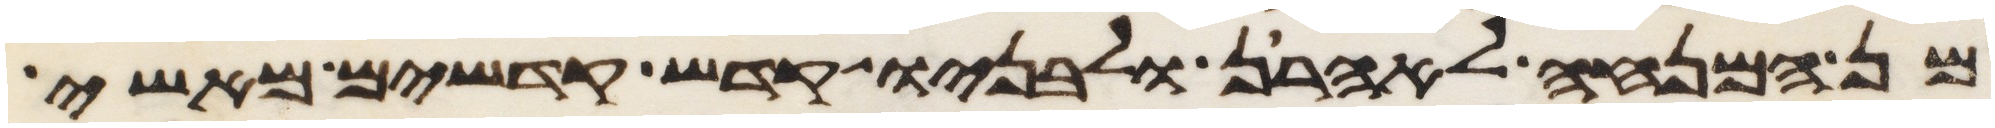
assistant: מן המנחה לאהרן ולבניו קדש קדשים מאשי